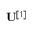
\mathbf { U } ^ { [ 1 ] }